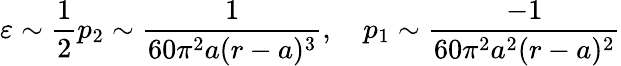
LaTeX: \varepsilon\sim\frac{1}{2}p_{2}\sim\frac{1}{60\pi^{2}a(r-a)^{3}},\quad p_{1}\sim\frac{-1}{60\pi^{2}a^{2}(r-a)^{2}}